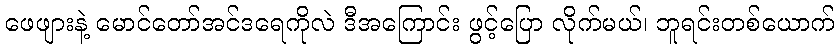
ဖေဖျားနဲ့ မောင်တော်အင်ဒရေကိုလဲ ဒီအကြောင်း ဖွင့်ပြော လိုက်မယ်၊ ဘူရင်းတစ်ယောက်